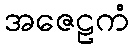
အဇေဠကံ